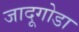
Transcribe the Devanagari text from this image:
जादूगोडा